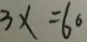
3 x = 6 0